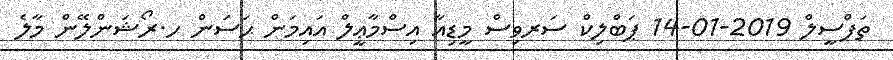
ތަފްސީލް 2019-01-14 ޕަބްލިކް ސަރވިސް މީޑިއާ އިސްމާޢީލް އައިމަން ޙަސަން ހ.ރޯޝަންލޭން މާލެ